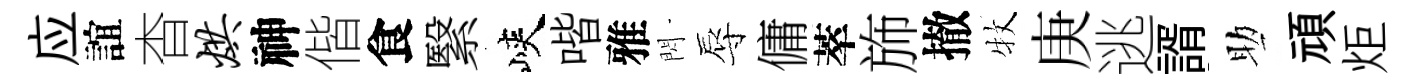
应誼杳烘神偕食繄峽喈雅閃辱傭萃斾撤牧庚逃諝助頑炬